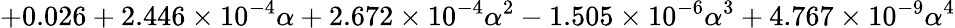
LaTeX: +0.026+2.446\times 10^{-4}\alpha+2.672\times 10^{-4}\alpha^{2}-1.505\times 10^{-6}\alpha^{3}+4.767\times 10^{-9}\alpha^{4}